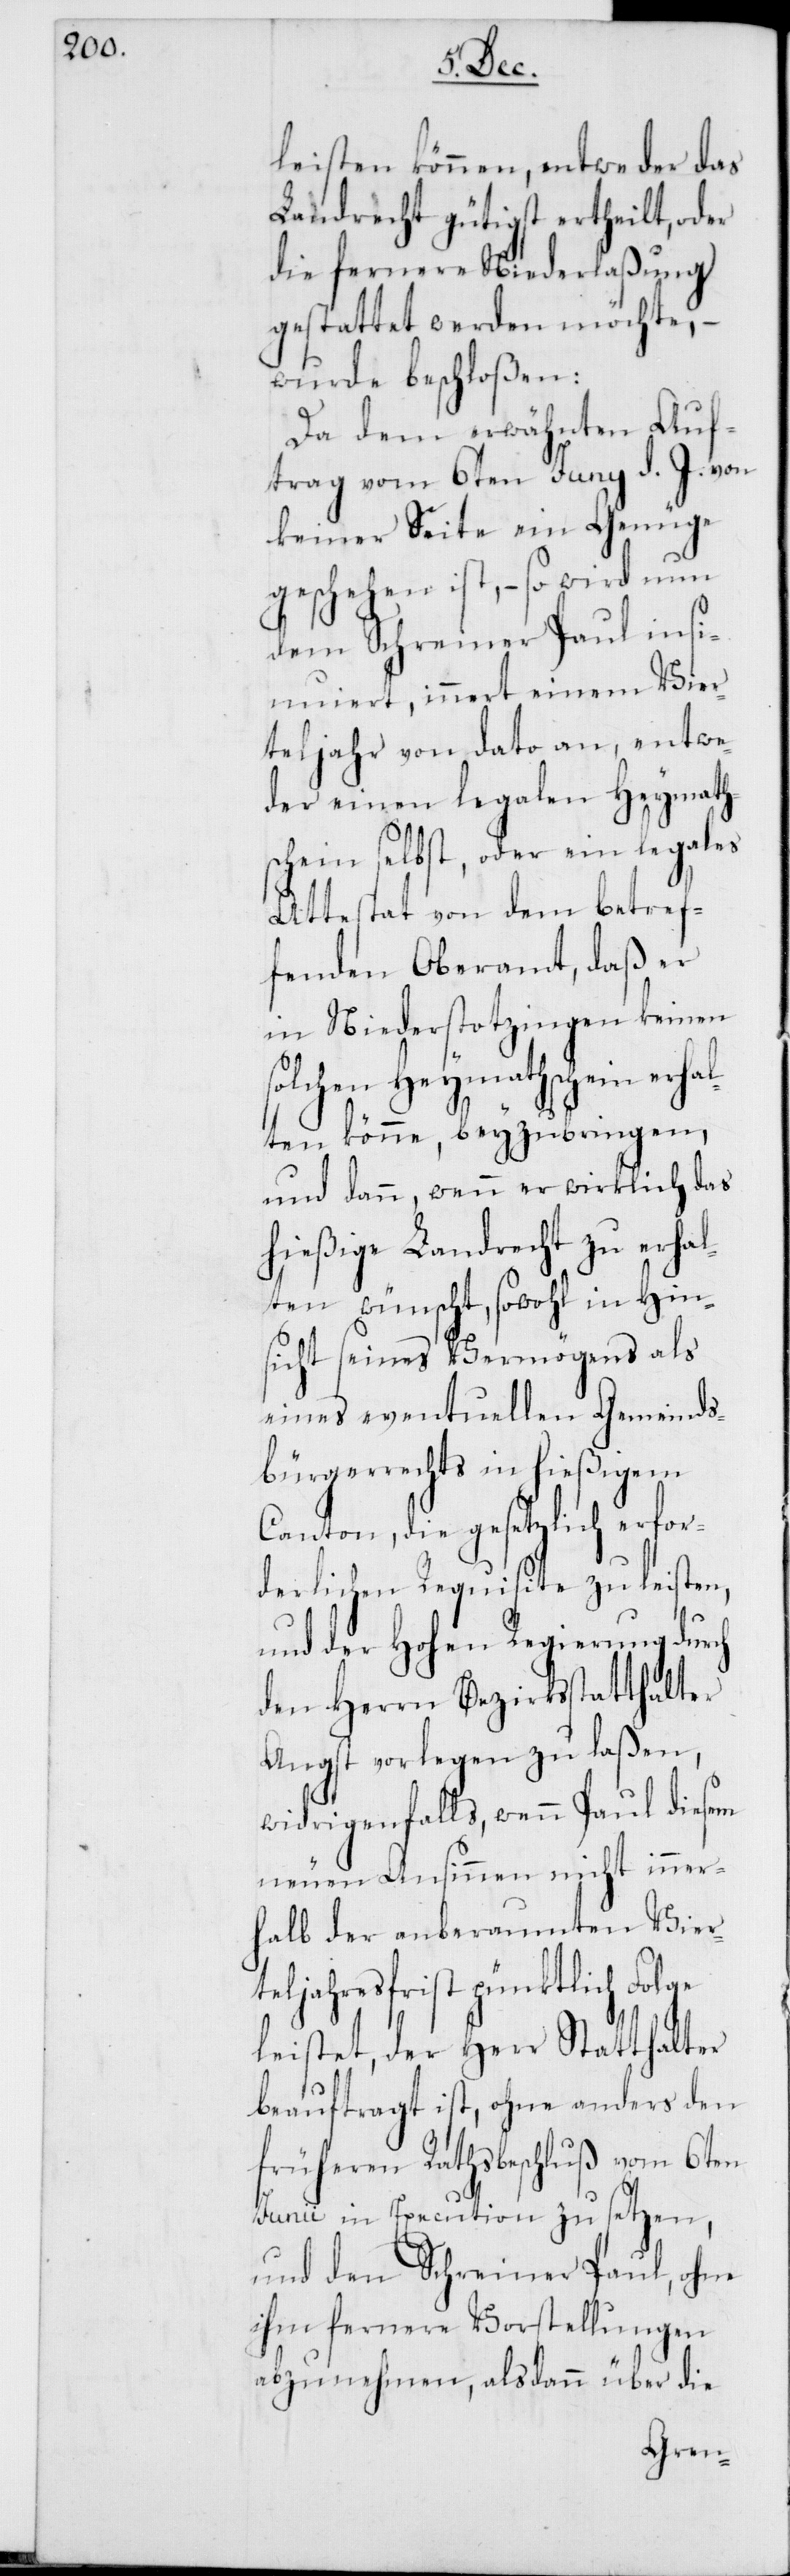
leisten können, entweder das
Landrecht gütigst ertheilt, oder
die fernere Niederlaßung
gestattet werden möchte, –
wurde beschloßen:
Da dem erwähnten Auf¬
trag vom 6ten Juni d. J. von
keiner Seite ein Genüge
geschehen ist, – so wird nun
dem Schreiner Paul insi¬
nuiert, innert einem Vier¬
teljahr von dato an, entwe¬
der einen legalen Heymath¬
schein selbst, oder ein legales
Attestat von dem betref¬
fenden Oberamt, daß er
in Niederstotzingen keinen
solchen Heymathschein erhal¬
ten könne, beyzubringen,
und dann, wenn er wirklich das
hießige Landrecht zu erhal¬
ten wünscht, sowohl in Hin¬
sicht seines Vermögens als
eines eventuellen Gemeinds¬
bürgerrechts in hießigem
Canton, die gesetzlich erfor¬
derlichen Requisite zu leisten,
und der Hohen Regierung durch
den Herrn Bezirksstatthalter
Angst vorlegen zu laßen,
widrigenfalls, wenn Paul diesem
neuen Ansinnen nicht inner¬
halb der anberaumten Vier¬
teljahresfrist pünktlich Folge
leistet, der Herr Statthalter
beauftragt ist, ohne anders den
früheren Rathsbeschluß vom 6ten
Junii in Execution zu setzen,
und den Schreiner Paul, ohne
ihm fernere Vorstellungen
abzunehmen, alsdann über die